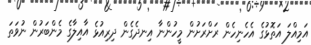
އަމިއްލަ އަތޮޅުގެ އެހެނިހެން ރަށްރަށުން މީހުންނާ އިނދެގެން ދިރިއުޅެ އާއިލާގެ މެންބަރުން ނުވަތަ